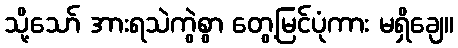
သို့သော် အားရသဲကွဲစွာ တွေ့မြင်ပုံကား မရှိချေ။